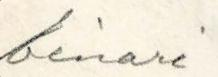
Einari